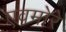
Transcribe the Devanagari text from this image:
एवमोरे